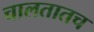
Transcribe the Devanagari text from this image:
चालतातच